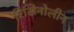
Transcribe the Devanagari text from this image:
रिसिनोलीन